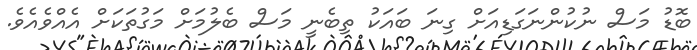
ބޮޑު މަސް ނުކުންނަގަޑިއަށް ގިނަ ބައަކު ތިބެނީ މަސް ބެލުމަށް މަގުތަކަށް އެއްވެއެވެ.